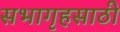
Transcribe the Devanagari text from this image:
सभागृहसाठी